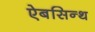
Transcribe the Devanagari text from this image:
ऐबसिन्थ